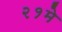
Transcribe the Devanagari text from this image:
२१मे